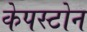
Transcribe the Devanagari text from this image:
केपस्टोन